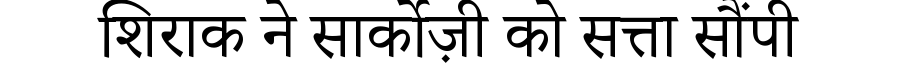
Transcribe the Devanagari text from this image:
शिराक ने सार्कोज़ी को सत्ता सौंपी